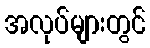
အလုပ်များတွင်